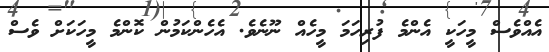
އެއްވެސް މީހަކީ އެންމެ ފުރިހަމަ މީހެއް ނޫނެވެ. އެހެންކަމުން ކޮންމެ މީހަކަށް ވެސް